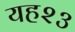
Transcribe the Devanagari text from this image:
यह२३